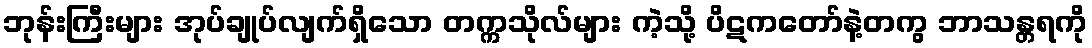
ဘုန်းကြီးများ အုပ်ချုပ်လျက်ရှိသော တက္ကသိုလ်များ ကဲ့သို့ ပိဋကတော်နဲ့တကွ ဘာသန္တရကို